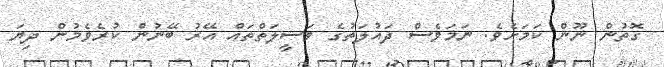
ގޮތުން ނޫން ކަމަށެވެ. ނަމަވެސް ދައުލަތުގެ ވަސީލަތްތައް އޭރު ބޭނުން ކުރެވެމުން ދިޔަ